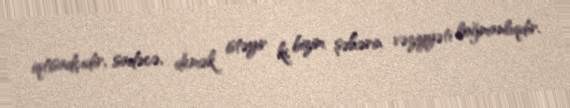
iqtisadçıdır, sadəcə, demək istəyir ki, bizim şəhərin vəziyyəti loğmanlıqdır.